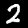
Label: 2